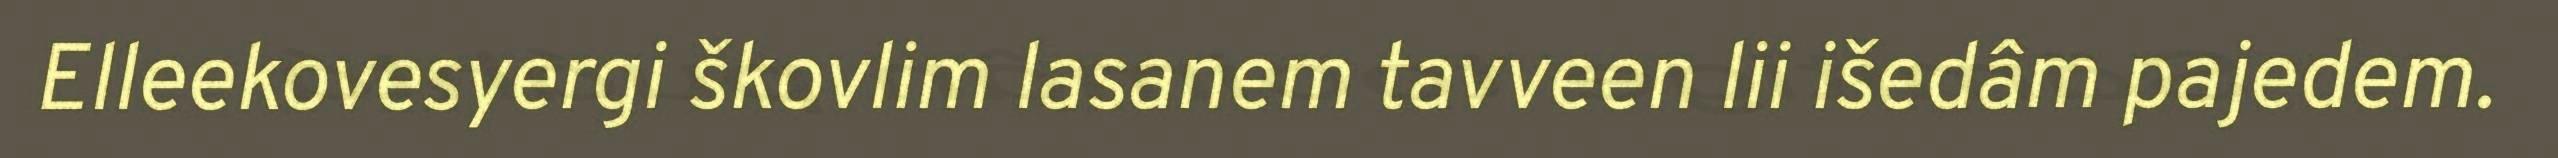
Elleekovesyergi škovlim lasanem tavveen lii išedâm pajedem.